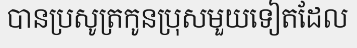
បានប្រសូត្រកូនប្រុសមួយទៀតដែល